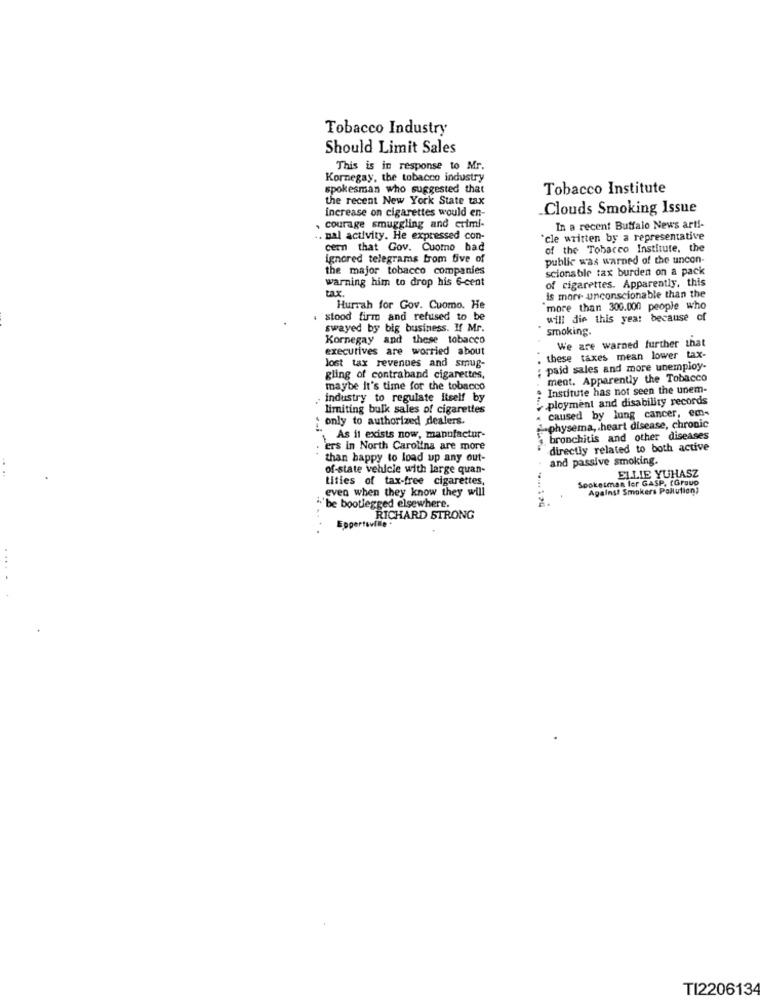
Tobacco Industry
Should Limit Sales
This is in response to Mr.
Kornegay, the tobacco industry
spokesman who suggested that
Tobacco Institute
the recent New York State tax
increase on cigarettes would en-
_Clouds Smoking Issue
, courage smuggling and crimi-
In a recent Buffalo News arti-
. nal activity. He expressed con-
`cle written by a representative
cern that Gov. Cuomo bad
of the Tobacco Institute, the
ignored telegrams brom five of
public was warned of the uncon-
the major tobacco companies
scionable tax burden on a pack
warning him to drop his 6-cent
of cigarettes. Apparently, this
is more unconscionable than the
Hurrah for Gov. Cuomo. He
more than 300.000 people who
stood firm and refused to be
will die this year because of
swayed by big business. If Mr.
smoking.
Kornegay and these tobacco
executives are worried about
We are warned further that
these taxes mean lower tax-
lost tax revenues and smug-
paid sales and more unemploy-
gling of contraband cigarettes,
ment. Apparently the Tobacco
maybe it's time for the tobacco
Institute has not seen the unem-
industry to regulate Itself by
ployment and disability records
limiting bulk sales of cigarettes
caused by lung cancer, eco-
only to authorized dealers.
-physema, heart disease, chronic
As it exists now, manufactur-
bronchitis and other diseases
'ers in North Carolina are more
directly related to both active
than happy to load up any out-
and passive smoking.
of-state vehicle with large quan-
ELLIE YUHASZ
tities of tax-free cigarettes,
even when they know they will
Spokesman for GASP, (Group
Against Smokers Pollution?
-'be bootlegged elsewhere.
RICHARD STRONG
TI220613